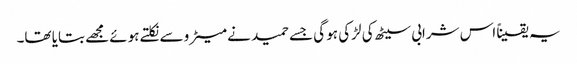
یہ یقیناً اس شرابی سیٹھ کی لڑکی ہو گی جسے حمید نے میٹرو سے نکلتے ہوئے مجھے بتایا تھا۔